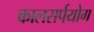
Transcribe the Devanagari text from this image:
कालसर्पयोग